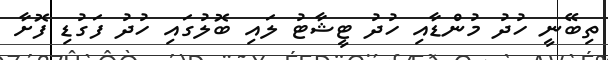
ތިބޭނީ ހުދު މުންޑާއި ހުދު ޓީޝާޓު ލައި ބޮލުގައި ހުދު ފަގުޑި ފޮށާ